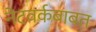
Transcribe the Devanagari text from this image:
नेटवर्कबाबत